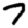
Digit: 7